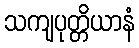
သကျပုတ္တိယာနံ